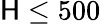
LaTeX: \mathsf{H}\leq500